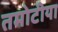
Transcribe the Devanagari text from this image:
तमोटीया